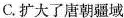
C.扩大了唐朝疆域